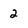
Character: 2